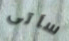
سآتى